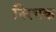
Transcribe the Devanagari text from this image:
निरथक